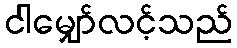
ငါမျှော်လင့်သည်